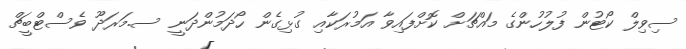
ސިވިލް ކޯޓުން ފުލުހުންގެ މައްޗަށް ކޮށްފައިވާ އަމުރަކާއި ގުޅިގެން ހޯދަމުންދަނީ ސ.މަރަދޫ ވެސްޓްބީޗް